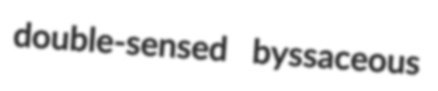
double-sensed byssaceous